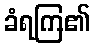
ခံရကြ၏